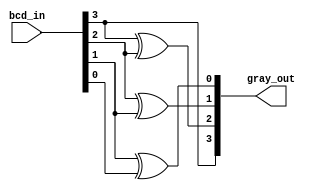
module gray_encoder (
    input wire [3:0] bcd_in ,
    output wire [3:0] gray_out
);

assign gray_out[3] = bcd_in[3];
assign gray_out[2] = bcd_in[3]^bcd_in[2];
assign gray_out[1] = bcd_in[2]^bcd_in[1];
assign gray_out[0] = bcd_in[1]^bcd_in[0];
    
endmodule